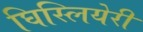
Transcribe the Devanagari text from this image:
घिस्लियेरी